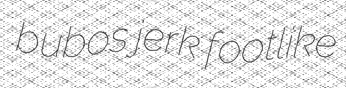
bubos jerk footlike